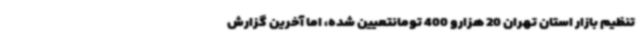
تنظیم بازار استان تهران 20 هزارو 400 تومانتعیین شده، اما آخرین گزارش